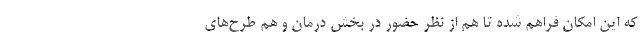
که این امکان فراهم شده تا هم از نظر حضور در بخش درمان و هم طرح‌های